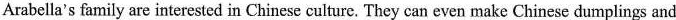
Arabella's family are interested in Chinese culture. They can even make Chinese dumplings and